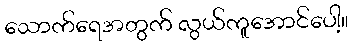
သောက်ရေအတွက် လွယ်ကူအောင်ပေါ့။